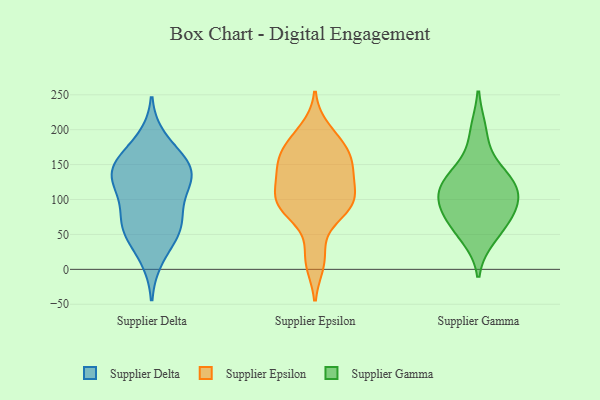
{"axis": {"x": "Satisfaction Score", "y": "Value"}, "legend": ["Supplier Delta", "Supplier Epsilon", "Supplier Gamma"], "data": [{"x": "", "y": 122, "type": "Supplier Delta"}, {"x": "", "y": 146, "type": "Supplier Delta"}, {"x": "", "y": 17, "type": "Supplier Delta"}, {"x": "", "y": 59, "type": "Supplier Delta"}, {"x": "", "y": 133, "type": "Supplier Delta"}, {"x": "", "y": 60, "type": "Supplier Delta"}, {"x": "", "y": 185, "type": "Supplier Delta"}, {"x": "", "y": 65, "type": "Supplier Delta"}, {"x": "", "y": 122, "type": "Supplier Delta"}, {"x": "", "y": 137, "type": "Supplier Delta"}, {"x": "", "y": 93, "type": "Supplier Delta"}, {"x": "", "y": 153, "type": "Supplier Delta"}, {"x": "", "y": 156, "type": "Supplier Delta"}, {"x": "", "y": 56, "type": "Supplier Delta"}, {"x": "", "y": 125, "type": "Supplier Epsilon"}, {"x": "", "y": 97, "type": "Supplier Epsilon"}, {"x": "", "y": 200, "type": "Supplier Epsilon"}, {"x": "", "y": 18, "type": "Supplier Epsilon"}, {"x": "", "y": 155, "type": "Supplier Epsilon"}, {"x": "", "y": 128, "type": "Supplier Epsilon"}, {"x": "", "y": 146, "type": "Supplier Epsilon"}, {"x": "", "y": 97, "type": "Supplier Epsilon"}, {"x": "", "y": 151, "type": "Supplier Epsilon"}, {"x": "", "y": 86, "type": "Supplier Epsilon"}, {"x": "", "y": 183, "type": "Supplier Epsilon"}, {"x": "", "y": 177, "type": "Supplier Epsilon"}, {"x": "", "y": 90, "type": "Supplier Epsilon"}, {"x": "", "y": 96, "type": "Supplier Epsilon"}, {"x": "", "y": 174, "type": "Supplier Epsilon"}, {"x": "", "y": 151, "type": "Supplier Epsilon"}, {"x": "", "y": 79, "type": "Supplier Epsilon"}, {"x": "", "y": 10, "type": "Supplier Epsilon"}, {"x": "", "y": 106, "type": "Supplier Epsilon"}, {"x": "", "y": 93, "type": "Supplier Gamma"}, {"x": "", "y": 115, "type": "Supplier Gamma"}, {"x": "", "y": 65, "type": "Supplier Gamma"}, {"x": "", "y": 47, "type": "Supplier Gamma"}, {"x": "", "y": 134, "type": "Supplier Gamma"}, {"x": "", "y": 102, "type": "Supplier Gamma"}, {"x": "", "y": 197, "type": "Supplier Gamma"}, {"x": "", "y": 73, "type": "Supplier Gamma"}, {"x": "", "y": 139, "type": "Supplier Gamma"}, {"x": "", "y": 111, "type": "Supplier Gamma"}]}